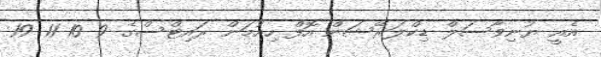
އެއީ ޔުނިވާސަލް ޑިކްލަރޭޝަން އޮފް ހިއުމަން ރައިޓްސްގެ 9 10 11 19